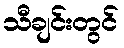
သီချင်းတွင်